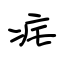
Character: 疟